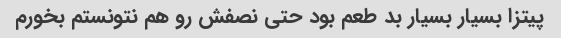
پیتزا بسیار بسیار بد طعم بود حتی نصفش رو هم نتونستم بخورم